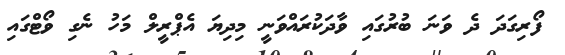
ފޯރިގަދަ ދެ ވަނަ ބުރުގައި ވާދަކުރައްވަނީ މިދިޔަ އެޕްރީލް މަހު ނެގި ވޯޓްގައި